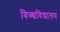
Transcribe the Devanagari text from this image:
विव्श्वविद्यालय